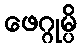
ဖေဂ္ဂုမ္ပိ